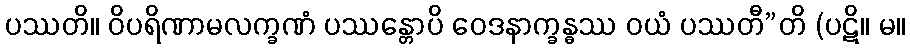
ပဿတိ။ ဝိပရိဏာမလက္ခဏံ ပဿန္တောပိ ဝေဒနာက္ခန္ဓဿ ဝယံ ပဿတီ”တိ (ပဋိ။ မ။